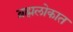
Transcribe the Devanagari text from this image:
ब्रह्मलोकात